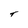
Character: T